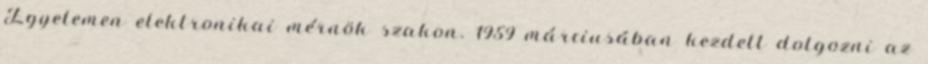
Egyetemen elektronikai mérnök szakon. 1959 márciusában kezdett dolgozni az